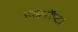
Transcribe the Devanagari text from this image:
हाइपॉप्टा